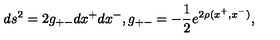
d s ^ { 2 } = 2 g _ { + - } d x ^ { + } d x ^ { - } , g _ { + - } = - \frac { 1 } { 2 } e ^ { 2 \rho ( x ^ { + } , x ^ { - } ) } ,